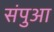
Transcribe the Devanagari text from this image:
संपुआ